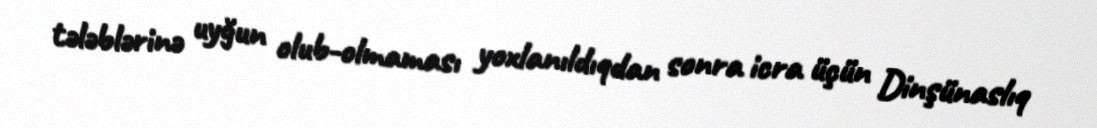
tələblərinə uyğun olub-olmaması yoxlanıldıqdan sonra icra üçün Dinşünaslıq